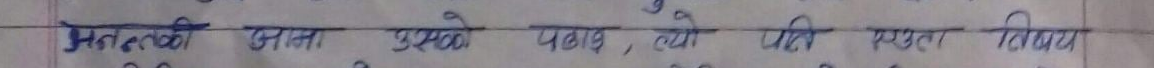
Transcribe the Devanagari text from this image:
मर्त्य उसले पछि, त्यो पति सत्य विजय